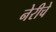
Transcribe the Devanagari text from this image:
नेरीचे